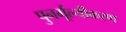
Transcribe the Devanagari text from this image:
पुनर्मूल्यीकरण